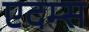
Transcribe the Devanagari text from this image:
एदम्स